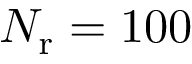
N _ { \mathrm { r } } = 1 0 0